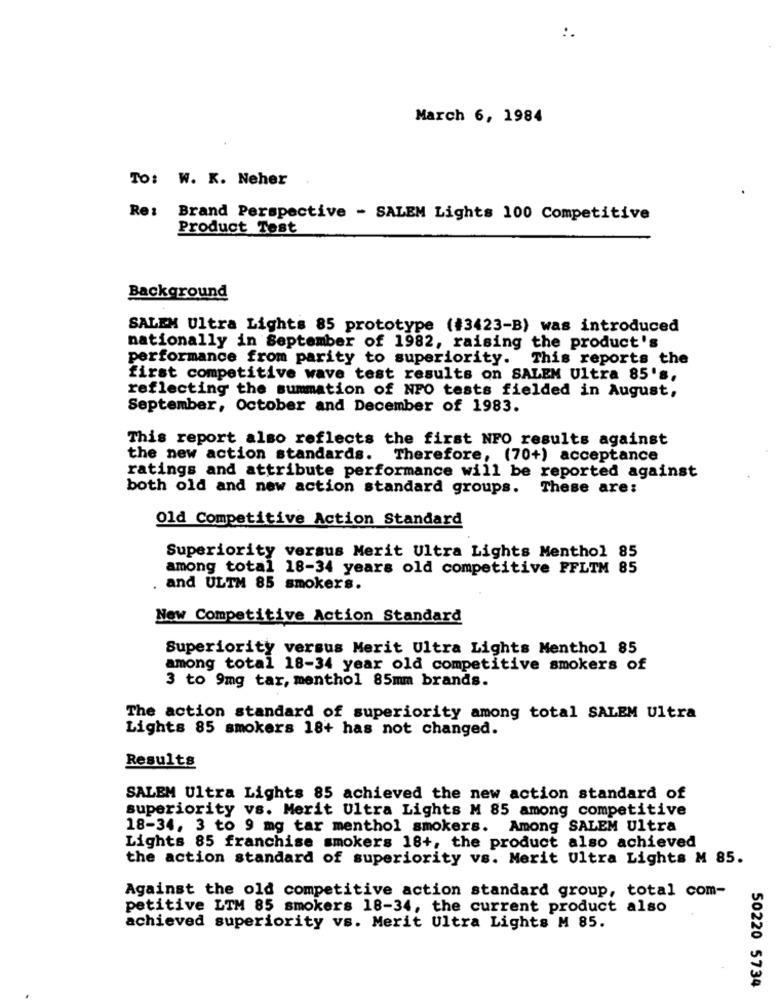
:.
March 6, 1984
To: W. K. Neher
Re:
Brand Perspective - SALEM Lights 100 Competitive
Product Test
Background
SALEM Ultra Lights 85 prototype (#3423-B) was introduced
nationally in September of 1982, raising the product's
performance from parity to superiority. This reports the
first competitive wave test results on SALEM Ultra 85's,
reflecting the summation of NFO tests fielded in August,
September, October and December of 1983.
This report also reflects the first NFO results against
the new action standards. Therefore, (70+) acceptance
ratings and attribute performance will be reported against
both old and new action standard groups.
These are:
Old Competitive Action Standard
Superiority versus Merit Ultra Lights Menthol 85
among total 18-34 years old competitive FFLTM 85
and ULTM 85 smokers.
New Competitive Action Standard
Superiority versus Merit Ultra Lights Menthol 85
among total 18-34 year old competitive smokers of
3 to 9mg tar, menthol 85mm brands.
The action standard of superiority among total SALEM Ultra
Lights 85 smokers 18+ has not changed.
Results
SALEM Ultra Lights 85 achieved the new action standard of
superiority vs. Merit Ultra Lights M 85 among competitive
18-34, 3 to 9 mg tar menthol smokers. Among SALEM Ultra
Lights 85 franchise smokers 18+, the product also achieved
the action standard of superiority vs. Merit Ultra Lights M 85.
Against the old competitive action standard group, total com-
petitive LTM 85 smokers 18-34, the current product also
achieved superiority vs. Merit Ultra Lights M 85.
50220 5734